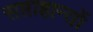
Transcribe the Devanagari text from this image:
सप्ताहान्तों